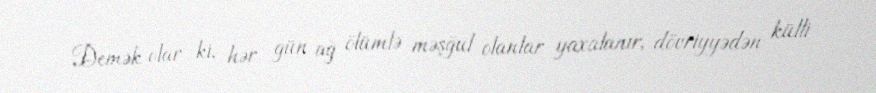
Demək olar ki, hər gün ağ ölümlə məşğul olanlar yaxalanır, dövriyyədən külli